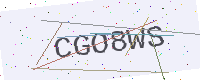
Text: CGO8WS